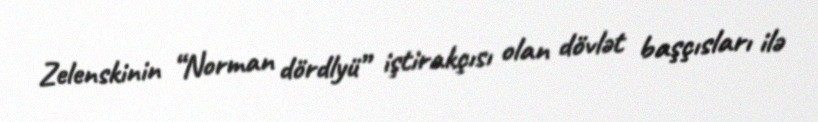
Zelenskinin “Norman dördlyü” iştirakçısı olan dövlət başçısları ilə